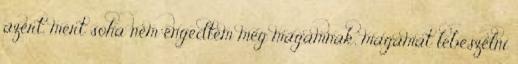
azért, mert soha nem engedtem meg magamnak, magamat lebeszélni